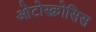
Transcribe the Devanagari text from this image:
ओटोस्क्रोसिस